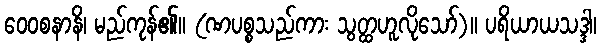
ဝေဝစနာနိ၊ မည်ကုန်၏။ (ဏပစ္စသည်ကား သွတ္ထဟူလိုသော်)။ ပရိယာယသဒ္ဒါ၊